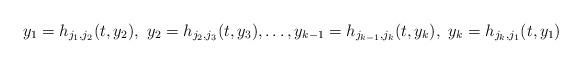
LaTeX: \begin{align*}y_1=h_{j_1,j_2}(t,y_2),\,\, y_2=h_{j_2,j_3}(t,y_3),\dots, y_{k-1}=h_{j_{k-1},j_k}(t,y_k),\,\, y_k=h_{j_k,j_1}(t,y_1)\end{align*}